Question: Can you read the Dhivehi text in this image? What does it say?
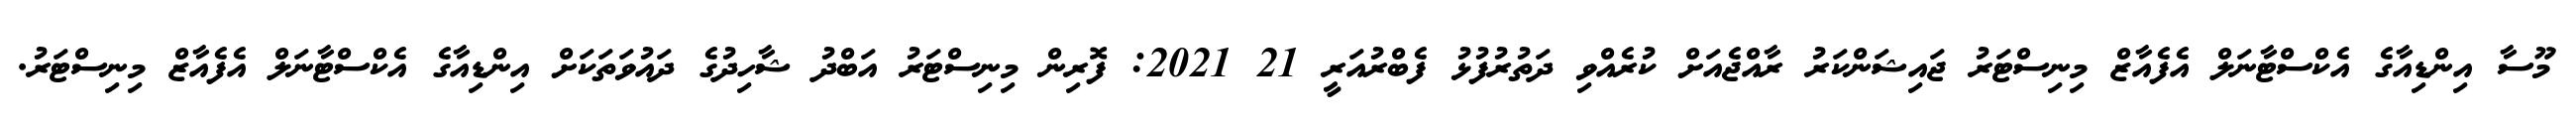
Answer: މޫސާ އިންޑިއާގެ އެކްސްޓާނަލް އެފެއާޒް މިނިސްޓަރު ޖައިޝަންކަރު ރާއްޖެއަށް ކުރެއްވި ދަތުރުފުޅު ފެބްރުއަރީ 21 2021: ފޮރިން މިނިސްޓަރު އަބްދު ޝާހިދުގެ ދައުވަތަކަށް އިންޑިއާގެ އެކްސްޓާނަލް އެފެއާޒް މިނިސްޓަރު.